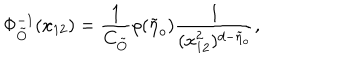
LaTeX: \Phi _ { \tilde { O } } ^ { - 1 } ( x _ { 1 2 } ) = \frac { 1 } { C _ { \tilde { O } } } \rho ( \tilde { \eta } _ { o } ) \frac { 1 } { ( x _ { 1 2 } ^ { 2 } ) ^ { d - \tilde { \eta } _ { o } } } ,